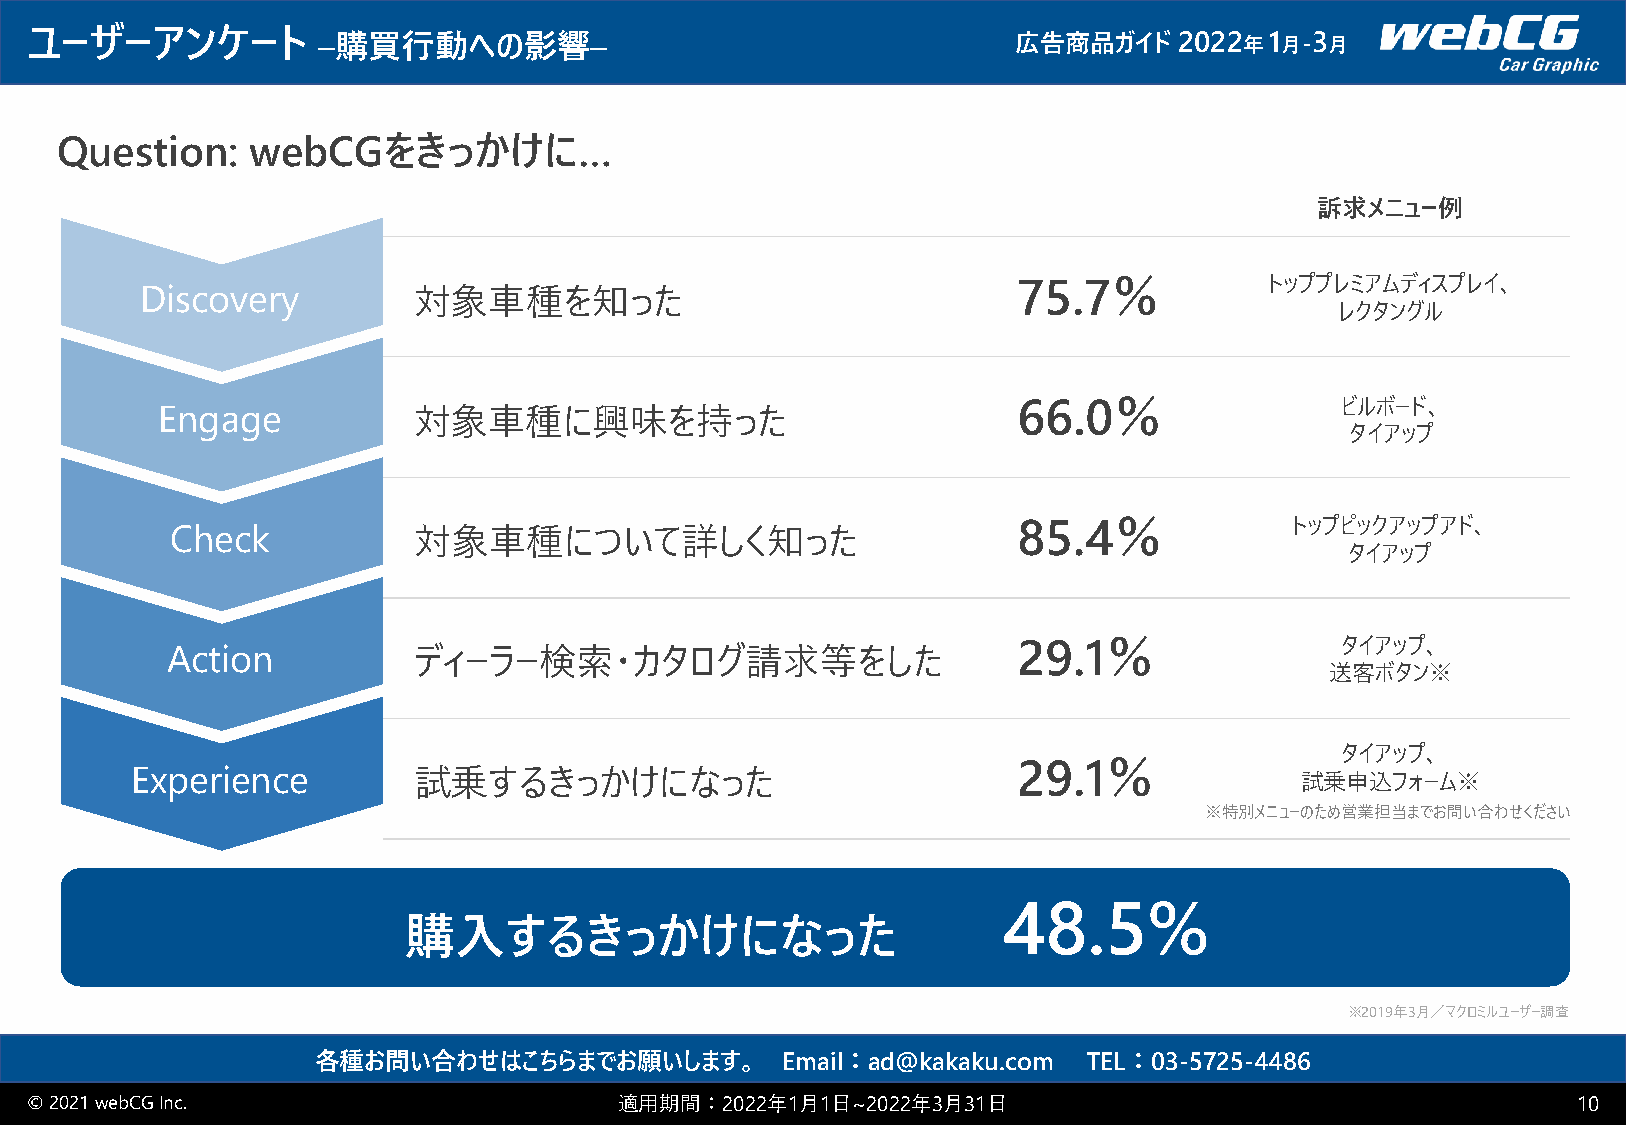
ユーザーアンケート          –購買行動への影響–                                    広告商品ガイド    2022 年1 月-3 月
 Question:    webCGをきっかけに…
 訴求メニュー例
 75.7％            トッププレミアムディスプレイ、
 Discovery         対象車種を知った
 レクタングル
 Engage           対象車種に興味を持った                             66.0％                 ビルボード、
 タイアップ
 85.4％             トップピックアップアド、
 Check           対象車種について詳しく知った
 タイアップ
 29.1％                 タイアップ、
 Action          ディーラー検索・カタログ請求等をした
 送客ボタン※
 タイアップ、
 29.1％
 Experience        試乗するきっかけになった                                               試乗申込フォーム※
 ※特別メニューのため営業担当までお問い合わせください
 48.5%
 購入するきっかけになった
 ※2019年3月／マクロミルユーザー調査
 各種お問い合わせはこちらまでお願いします。          Email：ad@kakaku.com TEL：03-5725-4486
 © 2021 webCGInc.                       適用期間：2022年1月1日~2022年3月31日                                      10